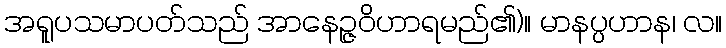
အရူပသမာပတ်သည် အာနေဉ္ဇဝိဟာရမည်၏)။ မာနပ္ပဟာန၊ လ။